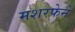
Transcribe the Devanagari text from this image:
मशरफेने